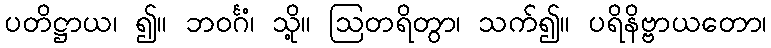
ပတိဋ္ဌာယ၊ ၍။ ဘဝင်္ဂံ၊ သို့။ ဩတရိတွာ၊ သက်၍။ ပရိနိဗ္ဗာယတော၊